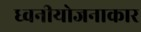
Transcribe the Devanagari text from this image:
ध्वनीयोजनाकार